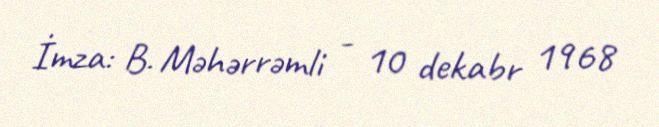
İmza: B. Məhərrəmli - 10 dekabr 1968